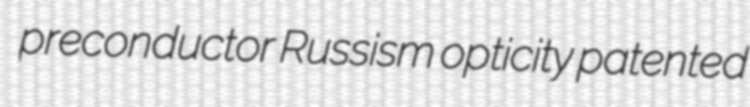
preconductor Russism opticity patented